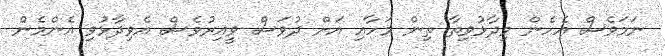
ނަމަވެސް އެހެން ވިދާޅުވިތާ ތިން މަހާއި އަށް ދުވަސް ވީއިރުވެސް އެވިދާޅުވި އެންމެން